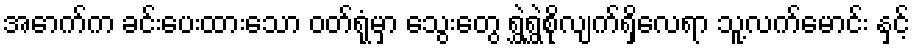
အောက်က ခင်းပေးထားသော ဝတ်ရုံမှာ သွေးတွေ ရွှဲရွှဲစိုလျက်ရှိလေရာ သူ့လက်မောင်း နှင့်